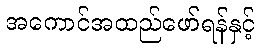
အကောင်အထည်ဖော်ရန်နှင့်